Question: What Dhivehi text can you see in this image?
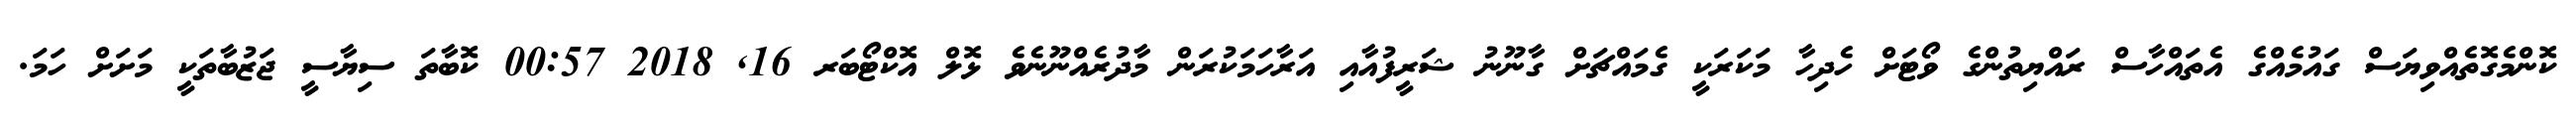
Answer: ކޮންމެގޮތެއްވިޔަސް ގައުމެއްގެ އެތައްހާސް ރައްޔިތުންގެ ވޯޓަށް ހެދިހާ މަކަރަކީ ގެމައްޗަށް ގާނޫނު ޝަރީފުއާއި އަރާހަމަކުރަން މާދުރެއްނޫނެވެ ޅޮލް އޮކްޓޯބަރ 16, 2018 00:57 ކޮބާތަ ސިޔާސީ ޖަޒުބާތަކީ މަށަށް ހަމަ.